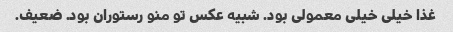
غذا خیلی خیلی معمولی بود. شبیه عکس تو منو رستوران بود. ضعیف.